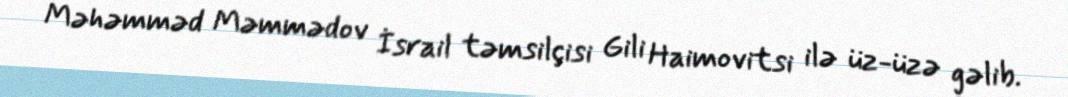
Məhəmməd Məmmədov İsrail təmsilçisi Gili Haimovitsi ilə üz-üzə gəlib.